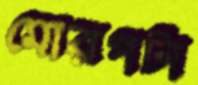
মোরগটা